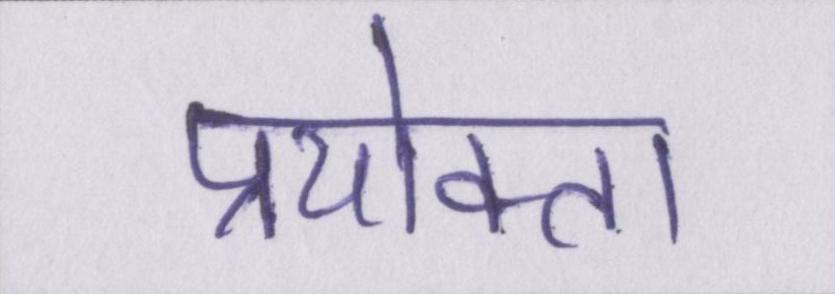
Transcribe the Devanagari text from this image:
प्रयोक्ता